Vaccination North-Western Provinces and Oudh 1878-1895 - 1878-1895
Year: 1878
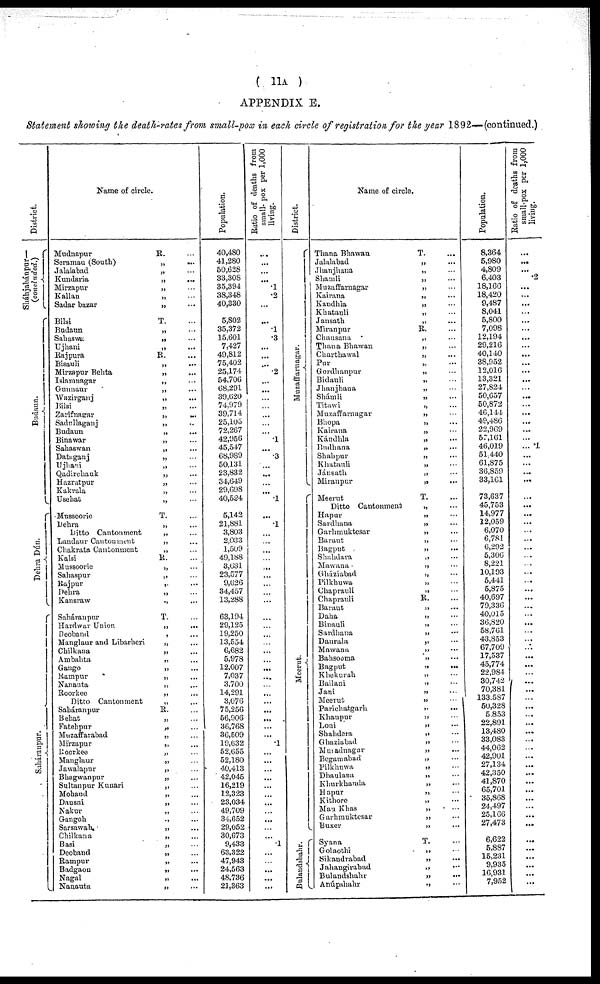
( 11A )
APPENDIX E.
Statement showing the death-rates from small-pox in each circle of registration for the year 1892—(continued.)
District.
Sháhjahánpur—
(concluded.)
Budaun.
Dehr a Dún.
Saháranpur.
Name of circle.
Mudnapur
R. ...
Seramau (South)
„ ...
Jalalabad
„ ...
Kundaria
„
...
Mirzapur
„ ...
Kallan
„ ...
Sadar bazar
„ ...
Bilsi
T. ...
Budaun
„ ...
Sahaswa
„ ...
Ujhani
„ ...
Rajpura
R. ...
Bisauli
„
...
Mirzapur Behta
„ ...
Islamnagar
„ ...
Gunnaur
„ ...
Wazirganj
„ ...
Bilsi
„ ...
Zarifnasrar
„
...
Sadnllaganj
„ ...
Budaun
„ ...
Binawar
„ ...
Sahaswan
„ ...
Dataganj
„ ...
Ujhani
„ ...
Qadirehauk
„ ...
Hazratpur
„ ...
Kakrala
„ ...
Usehat
„ ...
Mussoorie
T. ...
Dehra
„ ...
Ditto Cantonment
„ ...
Landaur Cantonment
„ ...
Chakrata Cantonment
„ ...
Kalsi
R. ...
Mussoorie
„ ...
Sahaspur
„ ...
Rajpur
„
...
Dehra
„ ...
Kansraw
„
...
Saháranpur
T. ...
Hardwar Union
„
...
Deoband
„
...
Manglaur and Libarheri
„ ...
Chilkana
„ ...
Ambahta
„ ...
Gango
„ ...
Rampur
„ ...
Nanauta
„ ...
Roorkee
„ ...
Ditto Cantonment
„ ...
Saháranpur
R. ...
Behat
„ ...
Fatehpur
„ ...
Muzaffarabad
„ ...
Mirzapur
„ ...
Roorkee
„ ...
Manglaur
„ ...
Jawalapur
„ ...
Bhagwanpur
„ ...
Sultanpur Kunari
„ ...
Mohaud
„ ...
Dausni
„ ...
Nakur
„ ...
Gangoh
„
...
Sarsawah,
„ ...
Chilkana
„ ...
Basi
„ ...
Deoband
„ ...
Rampur
„
...
Badgaon
„ ...
Nagal
„ ...
Nanauta
„ ...
Population.
40,480
41,280
50,628
33,308
35,394
38,348
40,330
5,802
35,372
15,601
7,427
49,812
75,402
25,174
54,706
68,291
39,620
74,979
39,714
25,105
72,267
42,956
45,547
68,989
50,131
23,832
34,649
29,698
40,524
5,142
21,881
3,803
2,033
1,509
49,188
3,631
23,577
9,626
34,457
13,288
63,194
29,125
19,250
13,554
6,682
5,978
12,007
7,037
3,700
14,291
3,076
75,256
56,906
36,768
36,509
19,632
52,655
52,180
40,413
42,045
16,219
12,323
23,034
49,709
34,652
29,052
30,673
9,433
63,322
47,943
24,563
48,736
21,363
Ratio of deaths from
small- pox per 1,000
living.
...
...
...
...
.1
.2
...
...
.1
.3
...
...
...
.2
...
...
...
...
...
...
...
.1
...
.3
...
...
...
...
.1
...
...
.1
...
...
...
...
...
...
...
...
...
...
...
...
...
...
...
...
...
...
...
...
...
...
...
...
.1
...
...
...
...
...
...
...
...
...
...
...
.1
...
...
...
...
...
District.
Muzaffarnagar.
Meer ut .
Balaudshahr.
Name of circle.
Thana Bhawan
T. ...
Jalalabad
„ ...
Jhanjhana
„ ...
Shamli
„ ...
Muzaffarnagar
„ ...
Kairana
„ ...
Kandhia
„ ...
Khatauli
„ ...
Jansath
„ ...
Miranpur
R. ...
Chausana
„
...
Thana Bhawan
„ ...
Charthawal
„ ...
Pur „ ...
Gordhanpur
„ ...
Bidauli
„ ...
Jhanjhana
„ ...
Shámli
„ ...
Titawi
„ ...
Muzaffarnagar
„ ...
Bhopa
„ ...
Kairana
„ ...
Kándhla
„ ...
Budhana
„ ...
Shahpur
„ ...
Khatauli „ ...
Jánsath
„ ...
Miranpur
„ ...
Meerut
T. ...
Ditto Cantonment
„ ...
Hapur
„
...
Sardhana
„ ...
Garhmuktesar
„ ...
Baraut
„ ...
Bagput
„ ...
Shahdara
„ ...
Mawana
„ ...
Gháziabad
„ ...
Pilkhuwa
„
...
Chaprauli
„
...
Chaprauli
R. ...
Baraut
„
...
Daha
„
...
Binauli
„
...
Sardhana
„
...
Daurala
„
...
Mawana
„
...
Bahsooma
„
...
Bagput
„
...
Khekurah
„
...
Bailani
„
...
Jani
„
...
Meerut
„
...
Parichatgarh
„
...
Khanpur
„
...
Loni
„
...
Shahdera
„
...
Ghaziabad
„
...
Muiadnagar
„
...
Begamabad
„
...
Pilkhuwa
„
...
Dhaulana
„
...
Khurkhauda
„
...
Hapur
„
...
Kithore
„
...
Mau Khas
„
...
Garhmuktesar
„
...
Buxer
„
...
Syana
T.
...
Golaothi
„
...
Sikaudrabad
„
...
Jahangirabad
„
...
Bulandshahr „ ...
Anúpshahr
„
...
Population.
8,364
5,980
4,809
6,403
18,166
18,420
9,487
8,041
5,800
7,098
12,194
29,216
40,140
38,952
12,016
13,321
27,824
50,657
50,872
46,144
49,486
22,969
57,161
46,019
51,440
61,875
36,859
33,161
73,637
45,753
14,977
12,059
6,070
6,781
6,292
5,306
8,221
10,193
5,441
5,875
40,697
79,336
40,015
36,820
58,761
43,853
67,709
17,537
45,774
22,984
30,742
70,381
133,587
50,328
5,853
22,891
13,480
33,083
44,062
42,901
27,134
42,350
41,870
65,701
35,868
24,497
25,166
27,473
6,622
5,887
15,231
9,935
16,931
7,952
Ratio of deaths from
small-pox per 1,000
living.
...
...
...
.2
...
...
...
...
...
...
...
...
...
...
...
...
...
...
...
...
...
...
...
... .1
...
...
...
...
...
...
...
...
...
...
...
...
...
...
...
...
...
...
...
...
...
...
...
...
...
...
...
...
...
...
...
...
...
...
...
...
...
...
...
...
...
...
...
...
...
...
...
...
...
...